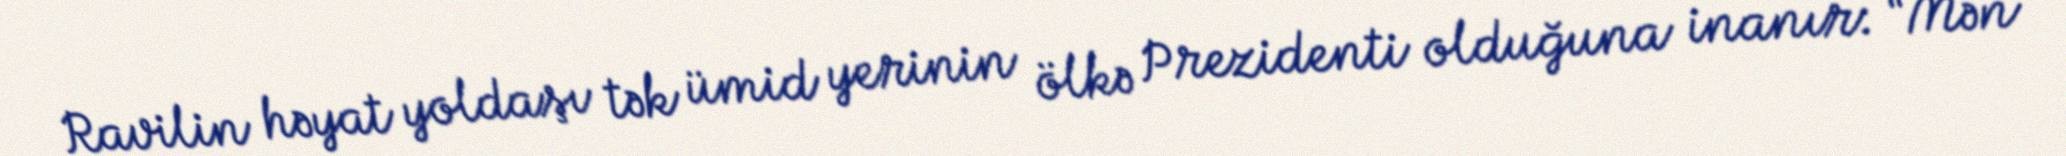
Ravilin həyat yoldaşı tək ümid yerinin ölkə Prezidenti olduğuna inanır: “Mən